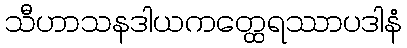
သီဟာသနဒါယကတ္ထေရဿာပဒါနံ